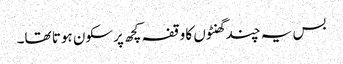
بس یہ چند گھنٹوں کا وقفہ کچھ پرسکون ہوتا تھا۔